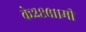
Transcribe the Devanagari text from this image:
के२८६११मी